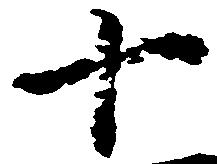
十